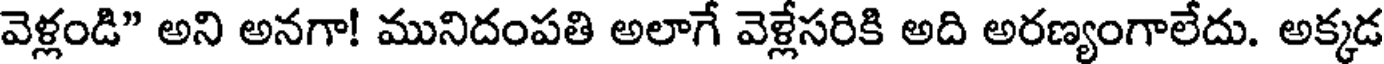
వెళ్లండి" అని అనగా! మునిదంపతి అలాగే వెళ్లేసరికి అది అరణ్యంగాలేదు. అక్కడ